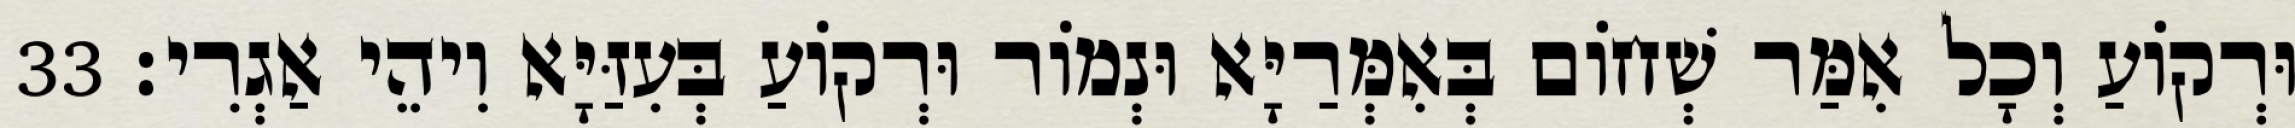
וּרְקוֹעַ וְכָל אִמַּר שְׁחוֹם בְּאִמְּרַיָּא וּנְמוֹר וּרְקוֹעַ בְּעִזַּיָּא וִיהֵי אַגְרִי׃ 33